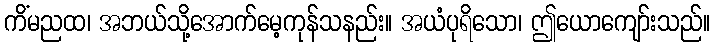
ကိံမညထ၊ အဘယ်သို့အောက်မေ့ကုန်သနည်း။ အယံပုရိသော၊ ဤယောကျော်းသည်။